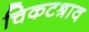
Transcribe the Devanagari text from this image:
चिकटश्राव